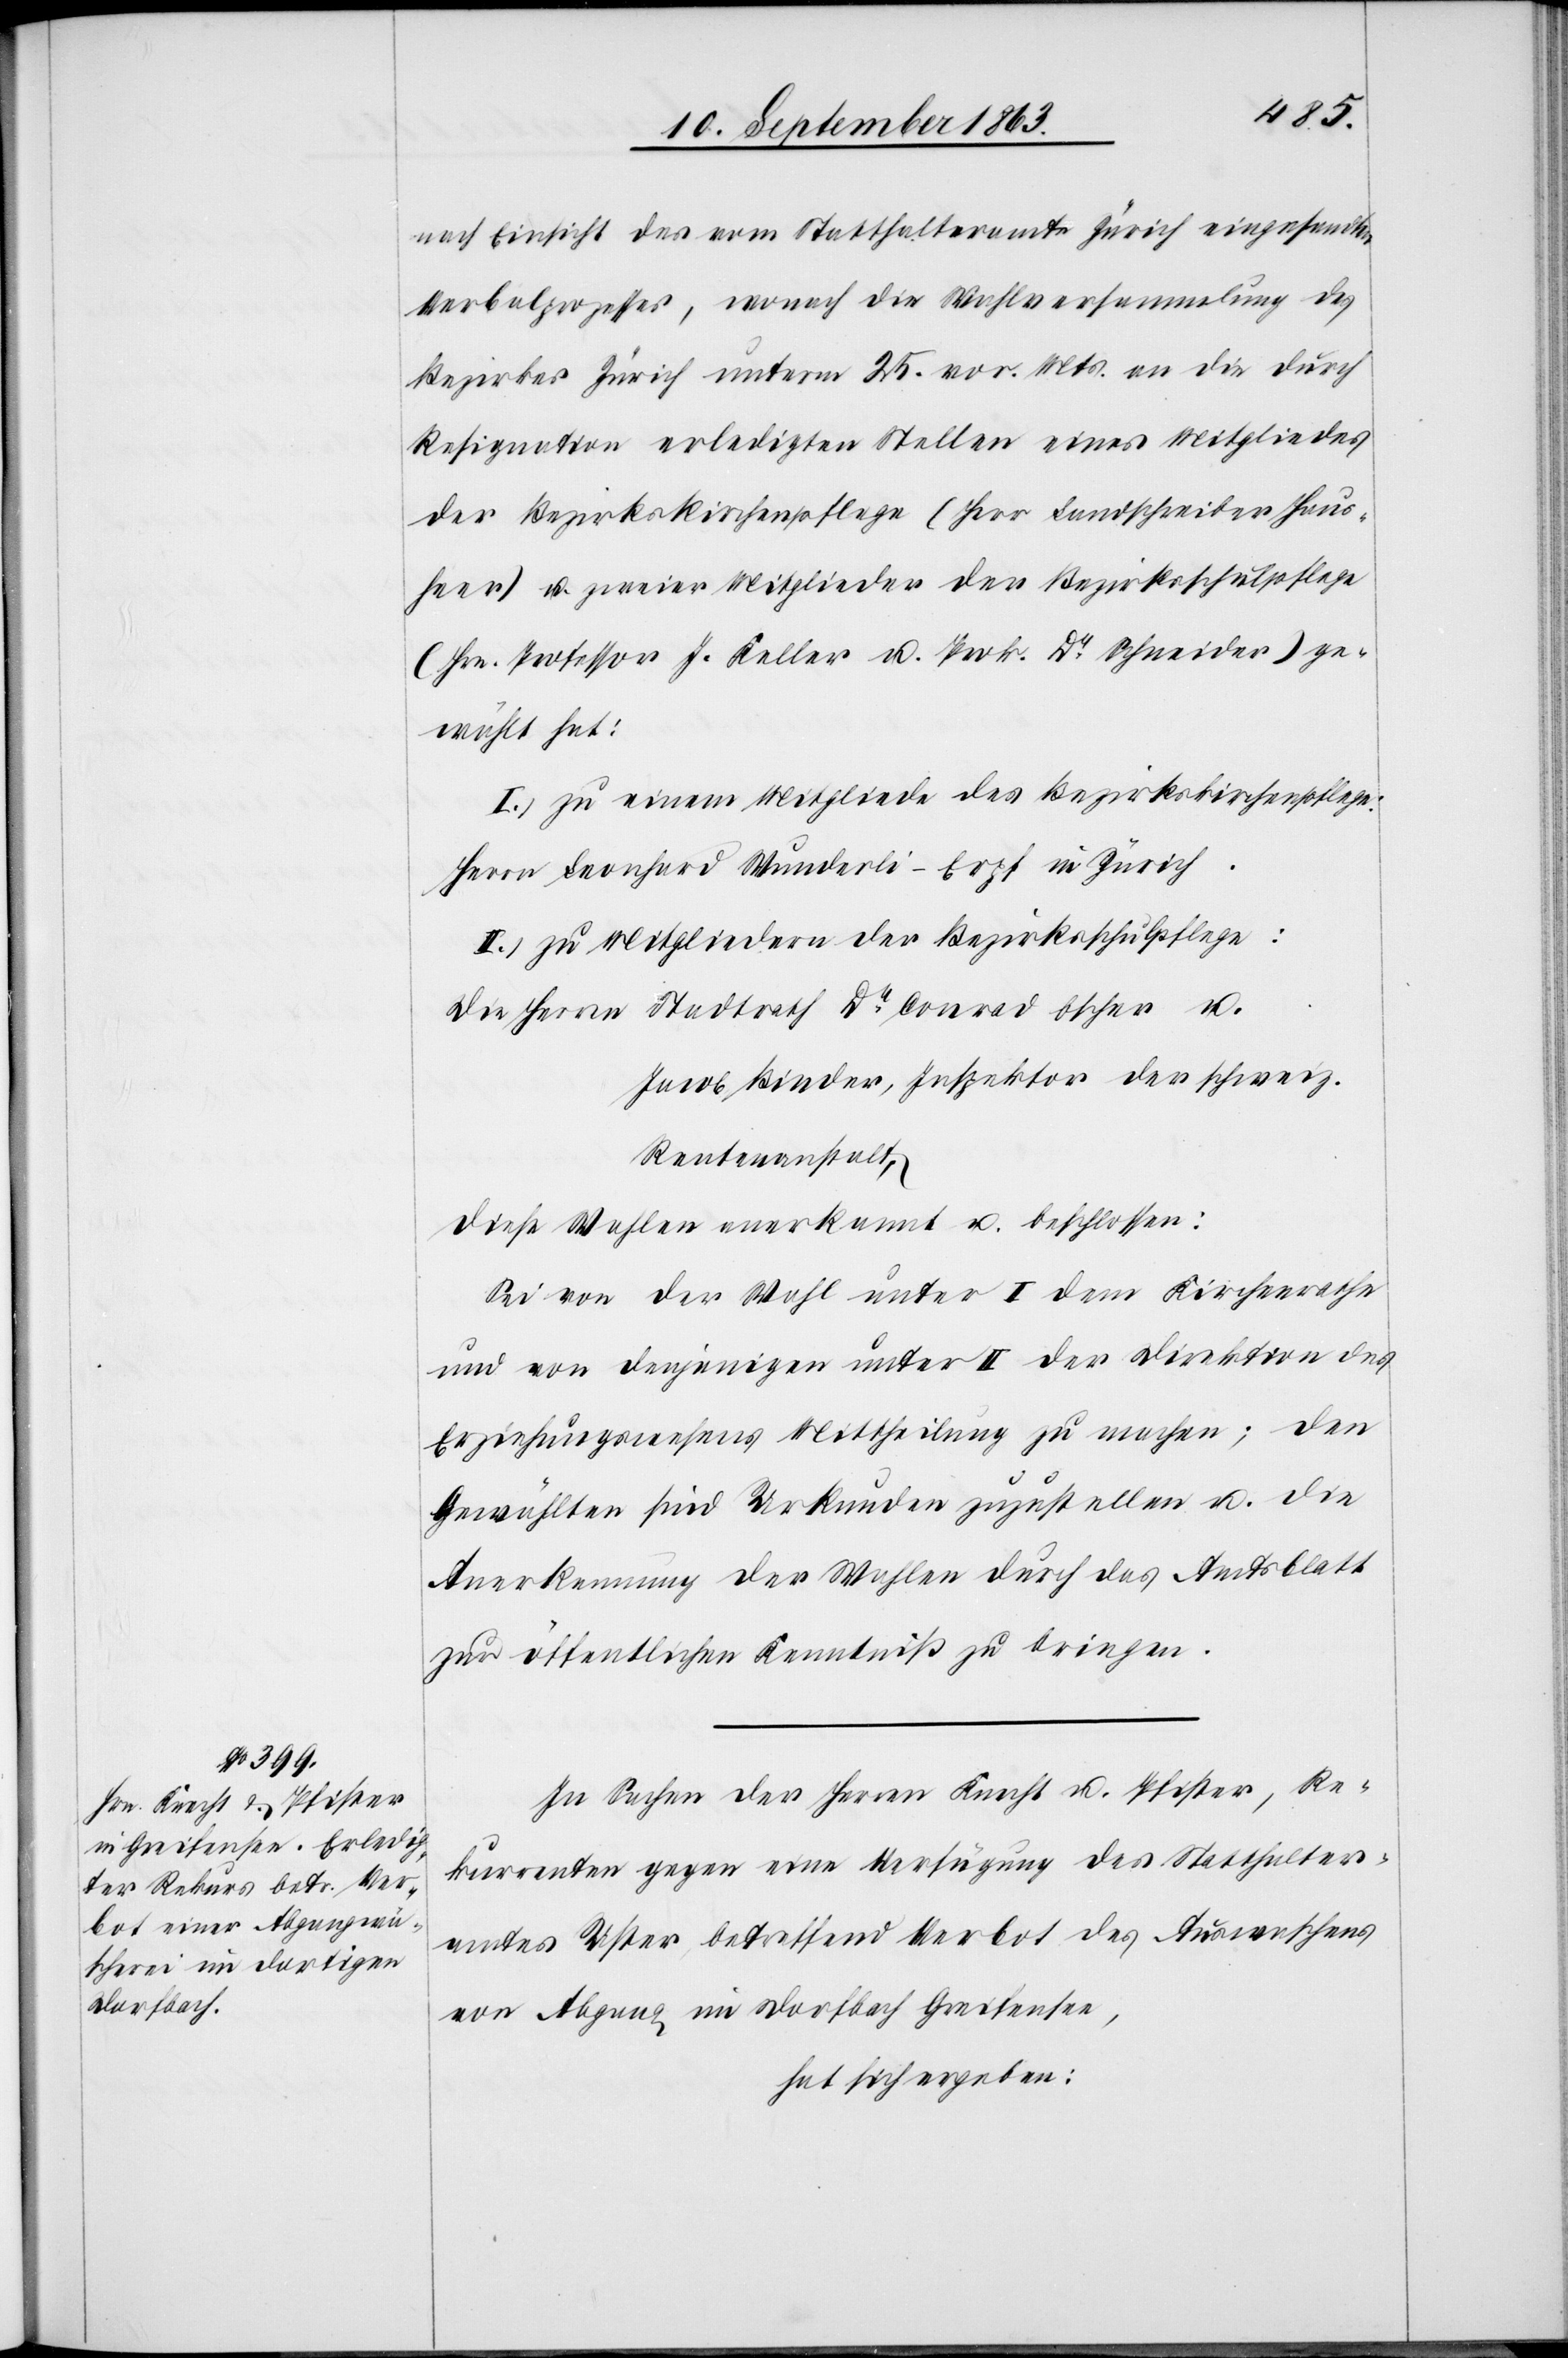
nach Einsicht des vom Statthalteramte Zürich eingesandten
Verbalprozesses, wonach die Wahlversammlung des
Bezirkes Zürich unterm 25. vor. Mts. an die durch
Resignation erledigten Stellen eines Mitgliedes
der Bezirkskirchenpflege (Herr Landschreiber Haus¬
heer) u. zweier Mitglieder der Bezirksschulpflege
(Hrn. Professor J. Keller u. Prok. Dr Schneider) ge¬
wählt hat:
I.) zu einem Mitgliede des [sic!] Bezirkskirchenpflege:
Herrn Leonhard Wunderli-Erpf in Zürich.
II.) zu Mitgliedern der Bezirksschulpflege:
Die Herren Stadtrath Dr Conrad Escher u.
Jacob Binder, Inspektor der schweiz.
Rentenanstalt,
diese Wahlen anerkannt u. beschlossen:
Sei von der Wahl unter I dem Kirchenrathe
und von denjenigen unter II der Direktion des
Erziehungswesens Mittheilung zu machen; den
Gewählten sind Urkunden zuzustellen u. die
Anerkennung der Wahlen durch das Amtsblatt
zur öffentlichen Kenntniß zu bringen.
In Sachen der Herren Knecht u. Pfister, Re¬
kurrenten gegen eine Verfügung des Statthalter¬
amtes Uster, betreffend Verbot des Auswaschens
von Abgang im Dorfbach Greifensee,
hat sich ergeben: